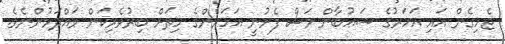
ޖެހިގެން އައި އަހަރުގެ ޝަޢުބާން މަސް ފެށުނީ އަހަރެންގެ ހިތަށް ބިރުވެރިކަން ވައްދަމުންނެވެ.